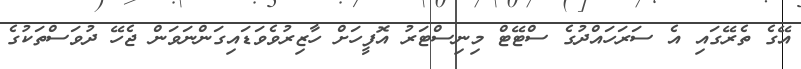
އޭގެ ތެރޭގައި އެ ސަރަހައްދުގެ ސްޓޭޓް މިނިސްޓަރު އޮފީހަށް ހާޒިރުވެވަޑައިގަންނަވަން ޖެހޭ ދުވަސްތަކުގެ